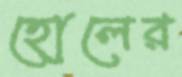
হোলের